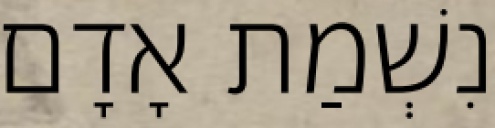
נִשְׁמַת אָדָם